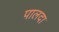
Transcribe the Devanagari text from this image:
पालदा